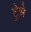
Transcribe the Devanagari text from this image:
ट्रेसे